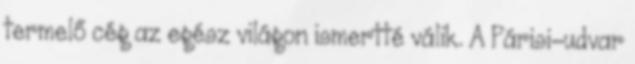
termelő cég az egész világon ismertté válik. A Párisi-udvar